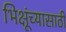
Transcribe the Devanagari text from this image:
भिक्षूंच्यासाठी